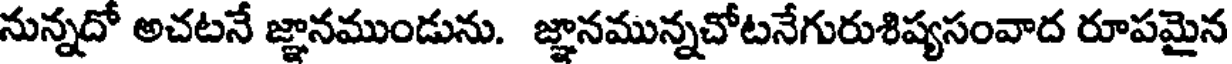
నున్నదో అచటనే జ్ఞానముండును. జ్ఞానమున్నచోటనేగురుశిష్యసంవాద రూపమైన